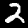
Digit: 2